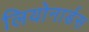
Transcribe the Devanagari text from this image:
लियोनार्डस